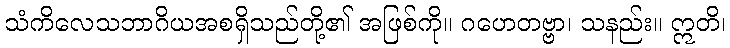
သံကိလေသဘာဂိယအစရှိသည်တို့၏ အဖြစ်ကို။ ဂဟေတဗ္ဗာ၊ သနည်း။ ဣတိ၊